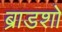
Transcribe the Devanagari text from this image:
ब्राडशो